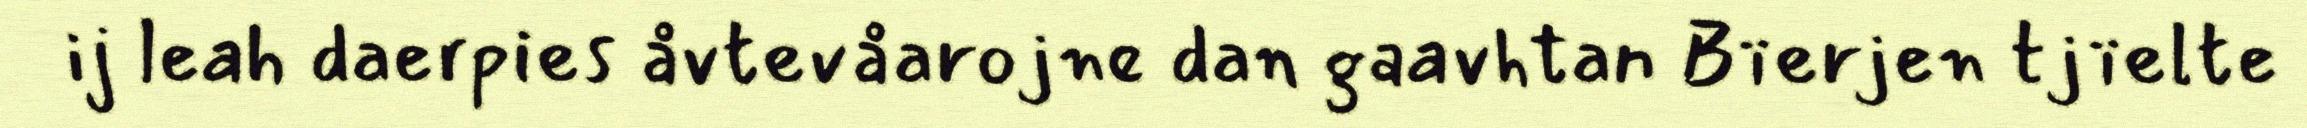
ij leah daerpies åvtevåarojne dan gaavhtan Bïerjen tjïelte